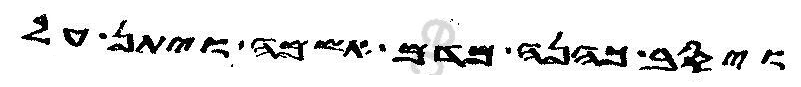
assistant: ויסב כהנה מדם אשמה ויתן על